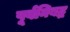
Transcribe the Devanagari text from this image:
पूर्वनिबद्ध